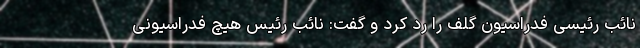
نائب رئیسی فدراسیون گلف را رد کرد و گفت: نائب رئیس هیچ فدراسیونی